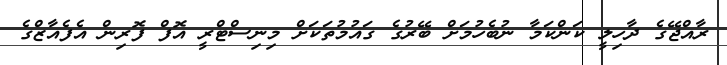
ރާއްޖޭގެ ދާހިލީ ކަންކަމާ ނުބެހުމަށް ބޭރުގެ ގައުމުތަކަށް މިނިސްޓްރީ އޮފް ފޮރިން އެފެއާޒްގެ